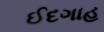
ઈદગાહ